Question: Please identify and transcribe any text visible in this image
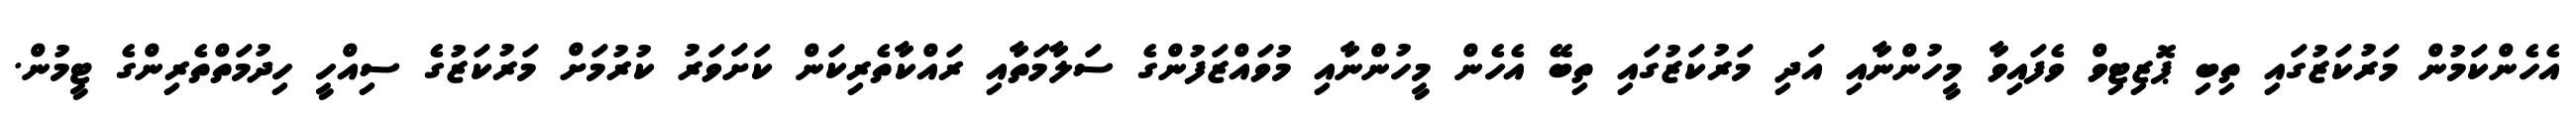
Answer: އެހެންކަމުން މަރުކަޒުގައި ތިބި ޕޮޒިޓިވް ވެފައިވާ މީހުންނާއި އަދި މަރުކަޒުގައި ތިބޭ އެހެން މީހުންނާއި މުވައްޒަފުންގެ ސަލާމަތާއި ރައްކާތެރިކަން ކަށަވަރު ކުރުމަށް މަރުކަޒުގެ ސިއްހީ ހިދުމަތްތެރިންގެ ޓީމުން.